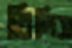
বিলিস